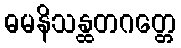
ဓမနိသန္ထတဂတ္တေ